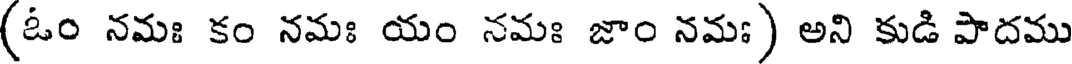
(ఓం నమః కం నమః యం నమః జాం నమః) అని కుడి పాదము